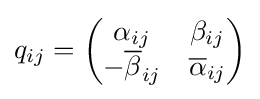
q_{ij}={\begin{pmatrix}\alpha _{ij}&\beta _{ij}\\-{\overline {\beta }}_{ij}&{\overline {\alpha }}_{ij}\end{pmatrix}}